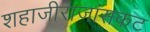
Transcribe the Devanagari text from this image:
शहाजीराजांसकट